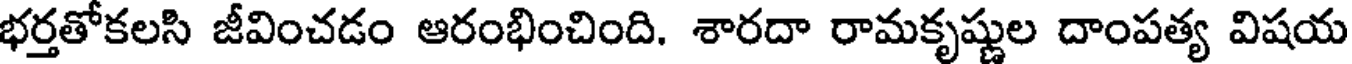
భర్తతోకలసి జీవించడం ఆరంభించింది. శారదా రామకృష్ణుల దాంపత్య విషయ